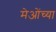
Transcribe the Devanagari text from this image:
मेओंच्या